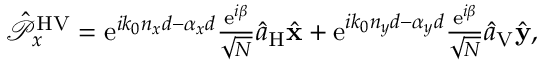
\begin{array} { r } { \hat { \mathcal P } _ { x } ^ { \mathrm { H V } } = \mathrm { e } ^ { i k _ { 0 } n _ { x } d - \alpha _ { x } d } \frac { \mathrm { e } ^ { i \beta } } { \sqrt { N } } \hat { a } _ { \mathrm { H } } \hat { \bf x } + \mathrm { e } ^ { i k _ { 0 } n _ { y } d - \alpha _ { y } d } \frac { \mathrm { e } ^ { i \beta } } { \sqrt { N } } \hat { a } _ { \mathrm { V } } \hat { \bf y } , } \end{array}